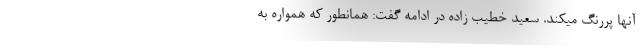
آنها پررنگ میکند. سعید خطیب زاده در ادامه گفت: همانطور که همواره به